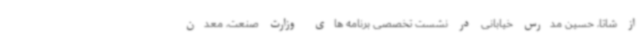
از شاتا، حسین مدرس خیابانی در نشست تخصصی برنامه های وزارت صنعت، معدن